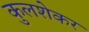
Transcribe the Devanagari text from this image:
कुलशेकर